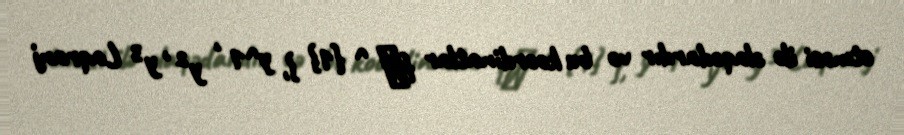
etməsi ilə əlaqədardır və bu koordinatlar {ξ ^ {1} }, y^1 , y² , y³ Laqranj